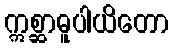
ဣစ္ဆာဓူပါယိတော